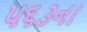
૫૬૩ના